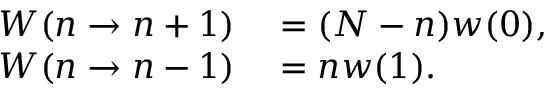
\begin{array} { r l } { W ( n \rightarrow n + 1 ) } & { { } = ( N - n ) w ( 0 ) , } \\ { W ( n \rightarrow n - 1 ) } & { { } = n w ( 1 ) . } \end{array}